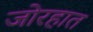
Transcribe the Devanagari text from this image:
जोरहात